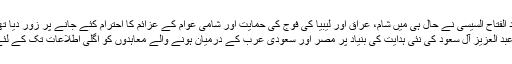
مصر کے صدر عبد الفتاح السیسی نے حال ہی میں شام، عراق اور لیبیا کی فوج کی حمایت اور شامی عوام کے عزائم کا احترام کئے جانے پر زور دیا تھا جس سے ثابت ...
عبد العزیز آل سعود کی نئی ہدایت کی بنیاد پر مصر اور سعودی عرب کے درمیان ہونے والے معاہدوں کو اگلی اطلاعات تک کے لئے ملتوی کر دیا گیا۔